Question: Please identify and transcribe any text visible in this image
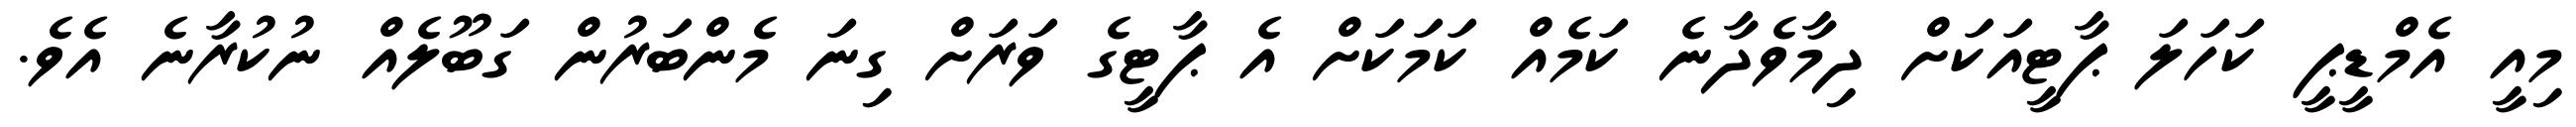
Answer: މިއީ އެމްޑީޕީ ކަހަލަ ޕާޓީއަކަށް ދިމާވެދާނެ ކަމެއް ކަމަކަށް އެ ޕާޓީގެ ވަރަށް ގިނަ މެންބަރުން ގަބޫލެއް ނުކުރާނެ އެވެ.